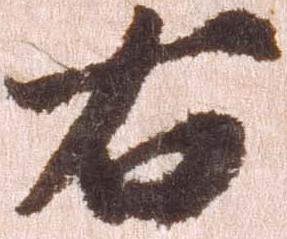
右